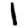
Digit: 1